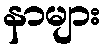
နာများ